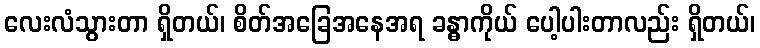
လေးလံသွားတာ ရှိတယ်၊ စိတ်အခြေအနေအရ ခန္ဓာကိုယ် ပေါ့ပါးတာလည်း ရှိတယ်၊